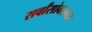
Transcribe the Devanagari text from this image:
सर्वांसोबतच्या